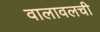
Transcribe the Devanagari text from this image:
वालावलची